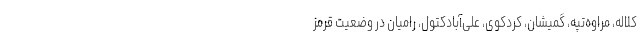
کلاله، مراوه‌تپه، گمیشان، کردکوی، علی‌آبادکتول، رامیان در وضعیت قرمز